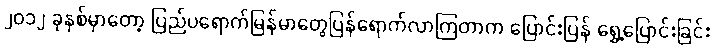
၂၀၁၂ ခုနှစ်မှာတော့ ပြည်ပရောက်မြန်မာတွေပြန်ရောက်လာကြတာက ပြောင်းပြန် ရွှေ့ပြောင်းခြင်း